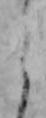
う